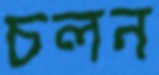
চলন